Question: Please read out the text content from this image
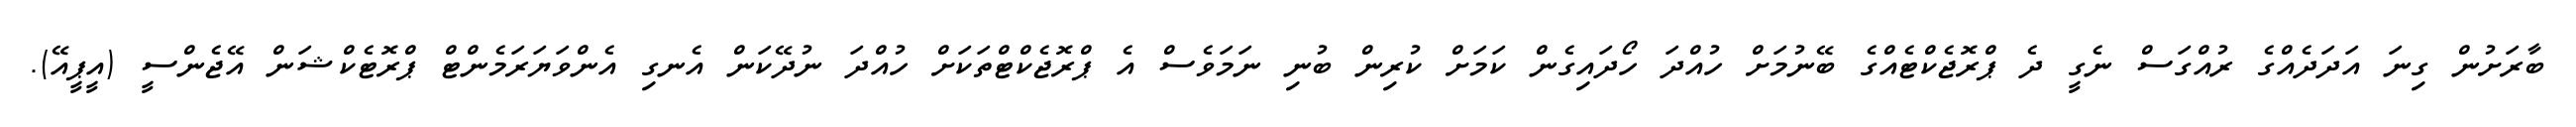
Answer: ބާރަށުން ގިނަ އަދަދެއްގެ ރުއްގަސް ނެގީ ދެ ޕްރޮޖެކްޓެއްގެ ބޭނުމަށް ހުއްދަ ހޯދައިގެން ކަމަށް ކުރިން ބުނި ނަމަވެސް އެ ޕްރޮޖެކްޓްތަކަށް ހުއްދަ ނުދޭކަން އެނގި އެންވަޔަރަމެންޓް ޕްރޮޓެކްޝަން އޭޖެންސީ (އީޕީއޭ).